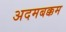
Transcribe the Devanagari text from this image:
अदमबक्कम